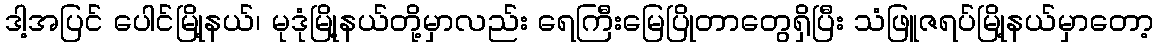
ဒါ့အပြင် ပေါင်မြို့နယ်၊ မုဒုံမြို့နယ်တို့မှာလည်း ရေကြီးမြေပြိုတာတွေရှိပြီး သံဖြူဇရပ်မြို့နယ်မှာတော့